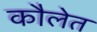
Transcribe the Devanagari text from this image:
कौलेत